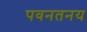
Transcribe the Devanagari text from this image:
पवनतनय